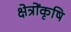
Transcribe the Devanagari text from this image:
क्षेत्रोंकृषि